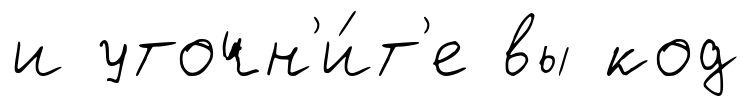
и уточн'и́т'е вы код